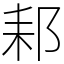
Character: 䣂